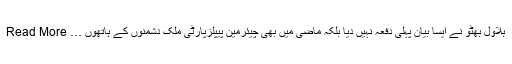
بلاول بھٹو نے ایسا بیان پہلی دفعہ نہیں دیا بلکہ ماضی میں بھی چیئرمین پیپلزپارٹی ملک دشمنوں کے ہاتھوں … Read More